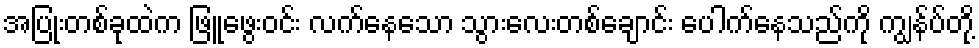
အပြုံးတစ်ခုထဲက ဖြူဖွေးဝင်း လက်နေသော သွားလေးတစ်ချောင်း ပေါက်နေသည်ကို ကျွန်ပ်တို့